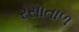
રસાતાળ